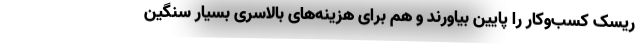
ریسک کسب‌وکار را پایین بیاورند و هم برای هزینه‌های بالاسری بسیار سنگین